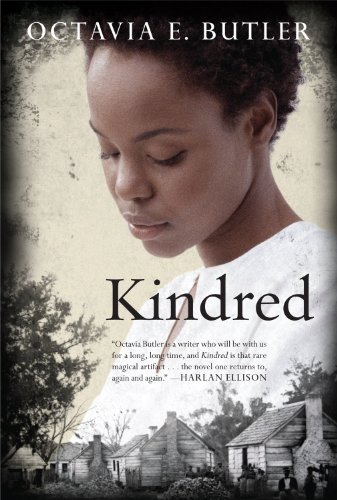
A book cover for Kindred; Octavia E. Butler; Science Fiction & Fantasy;